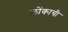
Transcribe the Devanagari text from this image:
लोंकाची